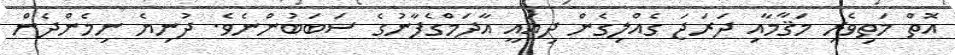
އޮތް މަތިވެރި މަޤާމާއި ދަރަޖަ ގެއްލިގެން ދިއައީ އާދަމްގެފާނުގެ ސަބަބުންނެވެ. ދުނިޔެ ނިމެންދެން